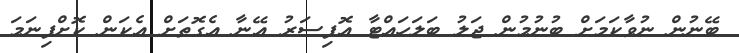
ބޭނުން ނުވާކަމަށް ބުނުމުން ޖަލު ބަލަހައްޓާ އޮފިސަރު އޭނާ އެގޮތަށް އެކަން ކޮށްފިނަމަ